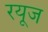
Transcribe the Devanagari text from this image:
रयूज